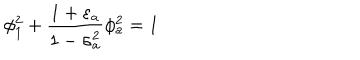
\phi _ { 1 } ^ { 2 } + \frac { 1 + \varepsilon _ { a } } { 1 - \sigma _ { a } ^ { 2 } } \phi _ { a } ^ { 2 } = 1